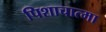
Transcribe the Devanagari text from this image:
पिशाचात्मा